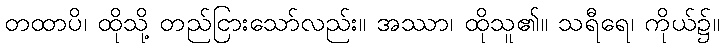
တထာပိ၊ ထိုသို့ တည်ငြားသော်လည်း။ အဿာ၊ ထိုသူ၏။ သရီရေ၊ ကိုယ်၌။